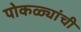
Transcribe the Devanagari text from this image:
पोकळ्यांची